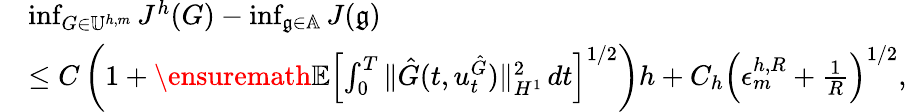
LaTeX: \begin{array}{rl}&{\operatorname*{inf}_{G\in\mathbb{U}^{h,m}}J^{h}(G)-\operatorname*{inf}_{\mathfrak{g}\in\mathbb{A}}J(\mathfrak{g})}\\ &{\leq C\left(1+\ensuremath{{\mathbb E}}\left[\int_{0}^{T}\| \hat{G}(t,u_{t}^{\hat{G}})\| _{H^{1}}^{2}\, dt\right]^{1/2}\right)h+C_{h}\left(\epsilon_{m}^{h,R}+\frac{1}{R}\right)^{1/2},}\end{array}